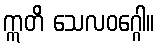
ဣတိ သေလဝဂ္ဂေါ။